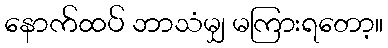
နောက်ထပ် ဘာသံမျှ မကြားရတော့။